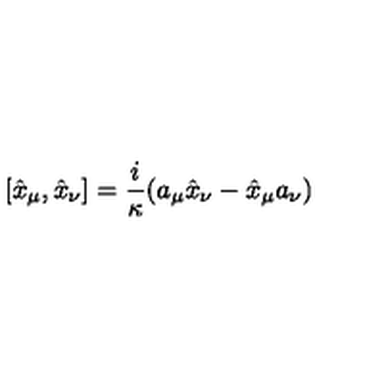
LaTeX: [ \hat { x } _ { \mu } , \hat { x } _ { \nu } ] = \frac { i } { \kappa } ( a _ { \mu } \hat { x } _ { \nu } - \hat { x } _ { \mu } a _ { \nu } )